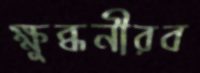
ক্ষুব্ধনীরব